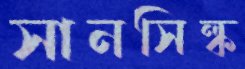
সানসিল্ক